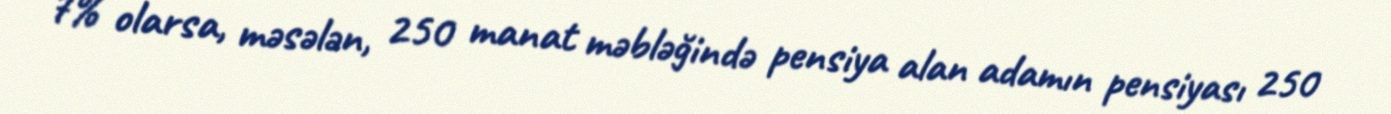
7% olarsa, məsələn, 250 manat məbləğində pensiya alan adamın pensiyası 250